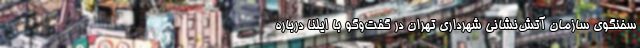
سخنگوی سازمان آتش‌نشانی شهرداری تهران در گفت‌وگو با ایلنا درباره